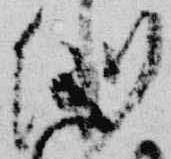
例